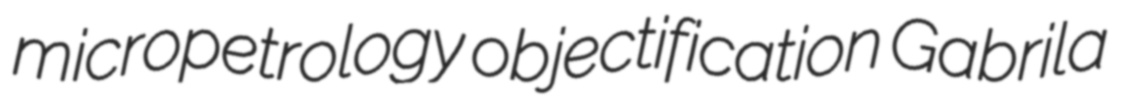
micropetrology objectification Gabrila